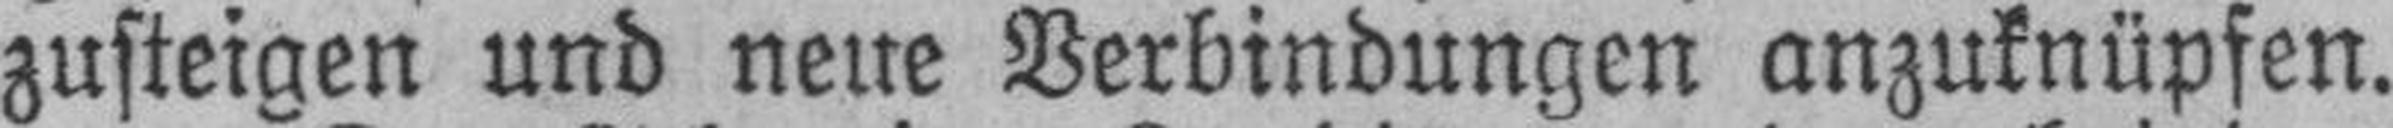
zusteigen und neue Verbindungen anzuknüpfen.